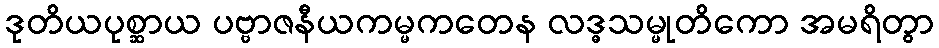
ဒုတိယပုစ္ဆာယ ပဗ္ဗာဇနီယကမ္မကတေန လဒ္ဓသမ္မုတိကော အမရိတွာ